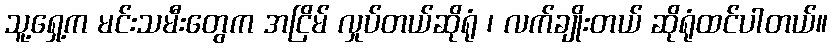
သူ့ရှေ့က မင်းသမီးတွေက အငြိမ် လှုပ်တယ်ဆိုရုံ ၊ လက်ချိုးတယ် ဆိုရုံထင်ပါတယ်။